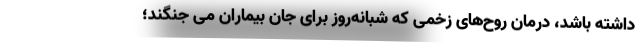
داشته باشد، درمان روح‌های زخمی که شبانه‌روز برای جان بیماران می جنگند؛